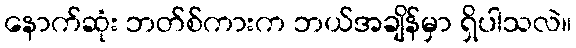
နောက်ဆုံး ဘတ်စ်ကားက ဘယ်အချိန်မှာ ရှိပါသလဲ။